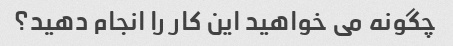
چگونه می خواهید این کار را انجام دهید؟